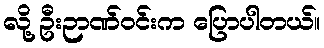
လို့ ဦးဉာဏ်ဝင်းက ပြောပါတယ်။